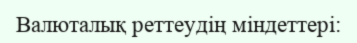
Валюталық реттеудің міндеттері: